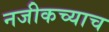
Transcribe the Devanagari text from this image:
नजीकच्याच